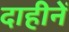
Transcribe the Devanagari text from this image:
दाहीनें